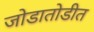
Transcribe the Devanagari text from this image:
जोडातोडीत